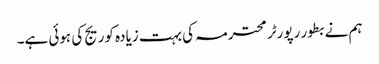
ہم نے بطور رپورٹر محترمہ کی بہت زیادہ کوریج کی ہوئی ہے۔